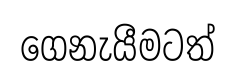
ගෙනැයීමටත්